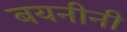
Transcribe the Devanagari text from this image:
बयनीनी